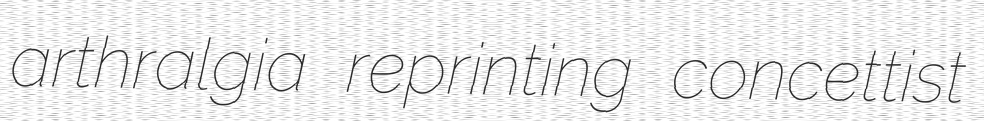
arthralgia reprinting concettist